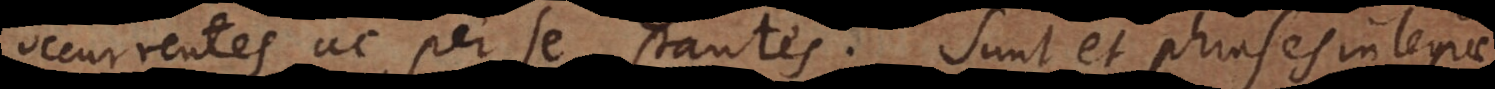
occurrentes ac per se stantes. Sunt et phrases integrae,